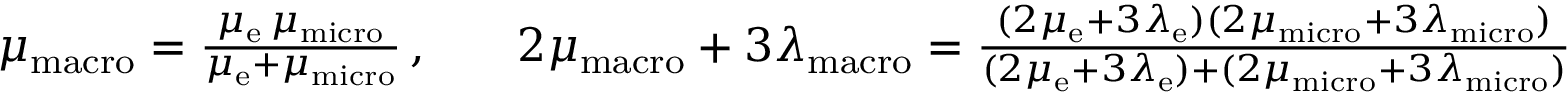
\begin{array} { r l r l } & { \mu _ { \mathrm { m a c r o } } = \frac { \mu _ { \mathrm { e } } \, \mu _ { \mathrm { m i c r o } } } { \mu _ { \mathrm { e } } + \mu _ { \mathrm { m i c r o } } } \, , } & & { 2 \mu _ { \mathrm { m a c r o } } + 3 \lambda _ { \mathrm { m a c r o } } = \frac { ( 2 \mu _ { \mathrm { e } } + 3 \lambda _ { \mathrm { e } } ) ( 2 \mu _ { \mathrm { m i c r o } } + 3 \lambda _ { \mathrm { m i c r o } } ) } { ( 2 \mu _ { \mathrm { e } } + 3 \lambda _ { \mathrm { e } } ) + ( 2 \mu _ { \mathrm { m i c r o } } + 3 \lambda _ { \mathrm { m i c r o } } ) } } \end{array}